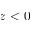
z < 0